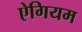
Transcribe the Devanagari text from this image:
ऐगियम